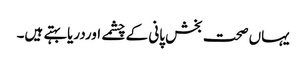
یہاں صحت بخش پانی کے چشمے اوردریابہتے ہیں۔